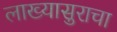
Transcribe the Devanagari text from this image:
लाख्यासुराचा